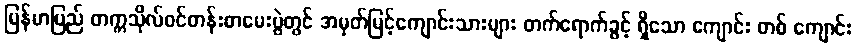
မြန်မာပြည် တက္ကသိုလ်ဝင်တန်းစာမေးပွဲတွင် အမှတ်မြင့်ကျောင်းသားများ တက်ရောက်ခွင့် ရှိသော ကျောင်း တစ် ကျောင်း